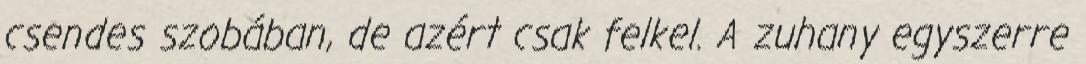
csendes szobában, de azért csak felkel. A zuhany egyszerre